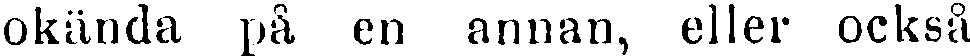
okända på en annan, eller också